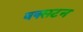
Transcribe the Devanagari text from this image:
बक्सटन